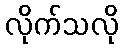
လိုက်သလို